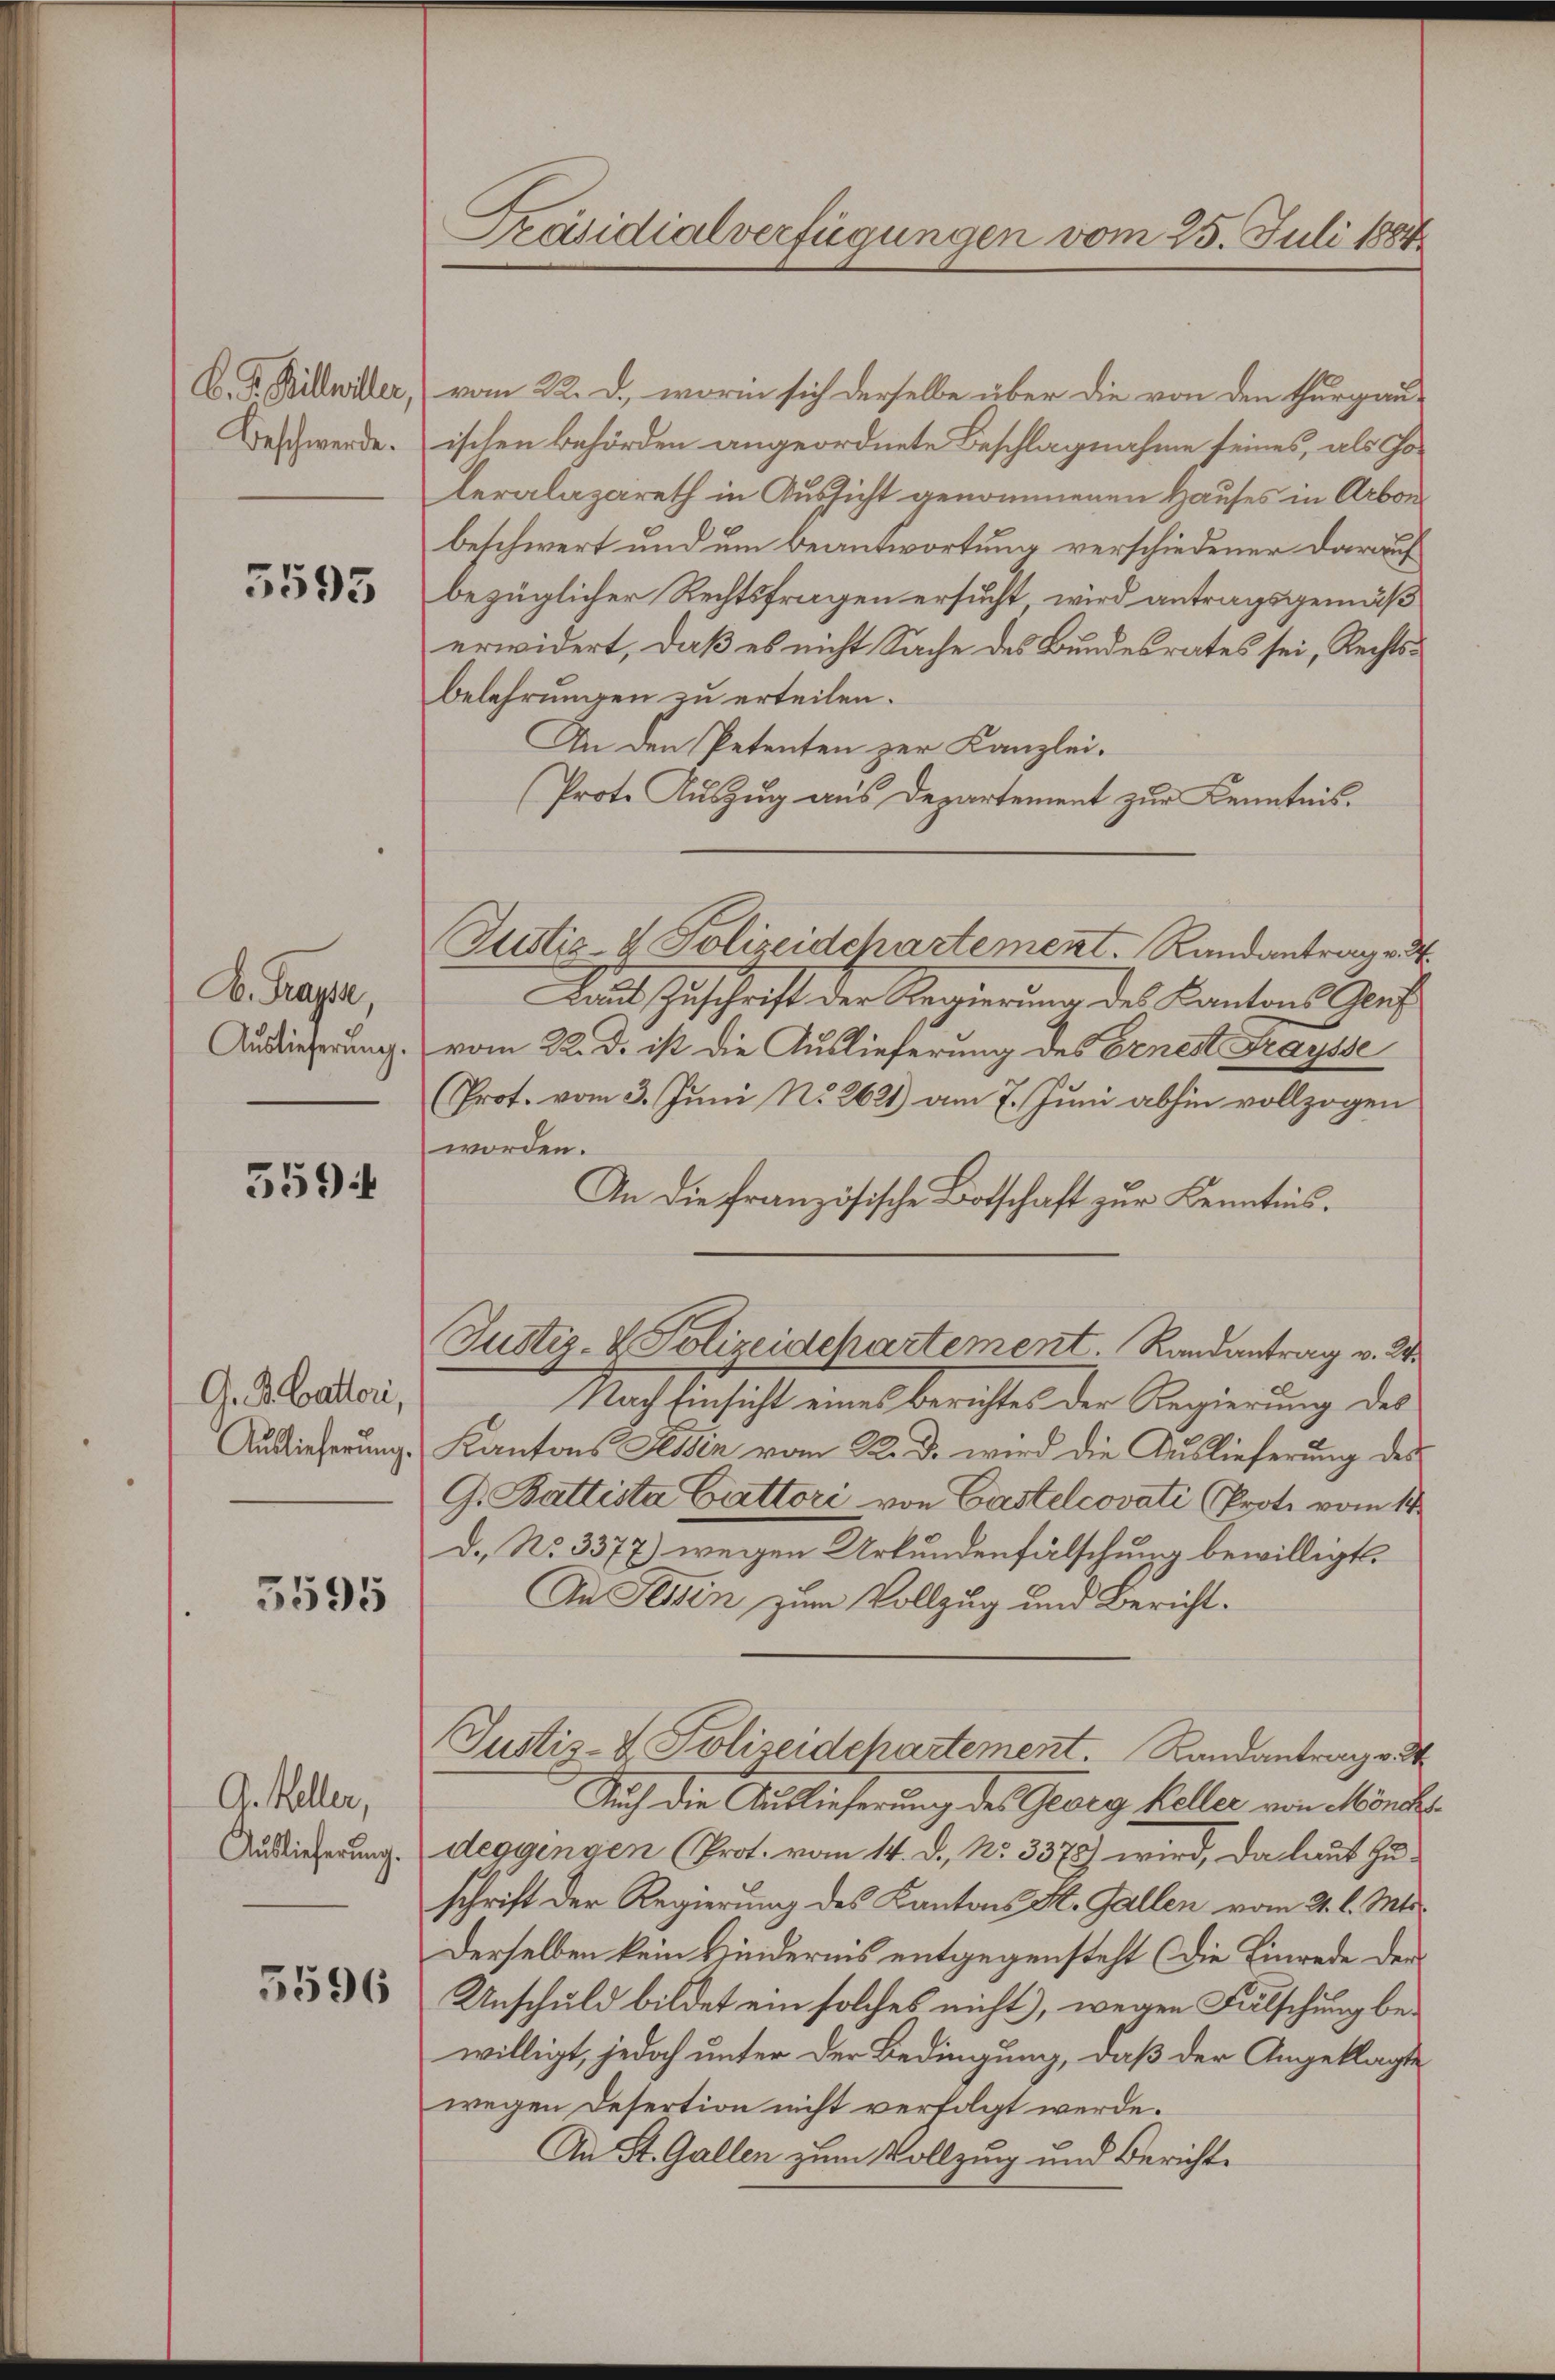
B. J. Billwiller.
Beschwerde.

5595

B. Tragsa,
Auslieferung.

5594

G. B. Battori,
Auslieferung.

5595

G. Keller,
Auslieferung.
3596

Präsidialverfügungen vom 25. Juli 1884.

vom 22. d., worin sich derselbe über die von den Thurgauischen Behörden angeordnete Beschlagnahme seines, als Coleralazareth in Aussicht genommenen Hauses in Arbon
beschwert und um beantwortung verschiedener Darauf
bezüglicher Rechtsfragen ersucht wird antragsgemäß
erwidert, daß es nicht Sache des Bundesrates sei, Rechtsbelehrungen zu erteilen.
An den Petenten zur Kanzlei-
Prote Auszug aus Departement zur Kenntnis.
Justiz- & Polizeidchartement. Randantrage
Laut Zuschrift der Regierung des Kantons Graf
vom 22. d. ist die Auslieferung des Ernest raysse
Prot. vom 3. Juni No 2621) am 7. Juni abhin vollzogen
worden.
An die französische Botschaft zur Kenntnis.
Justiz- & Polizeidchartement. Randantrag v. 24.
Nach Einsicht eines Berichtes der Regierung des
Kantons Tessin vom 22. d. wird die Auslieferung des
G. Battista Cattori von Castelcovati (Prote vom 14.
d. No 3377) wegen Urkundenfälschung bewilligt.
An Seiten zum Vollzug und Bericht.
Justiz- & Polizeidchartement. Randantrag v.
Auch die Auslieferung des Georg Keller von Mönche
deggingen (Prot. vom 14. d. No. 3378) wird, da laut Zuschrift der Regierung des Kantons St. Gallen vom 21. l. Mts.
Derselben kein Kinderins entgegensteht (die Einrede der
Unschuld bildet ein solches nicht), wegen Fälschung bewilligt, jedoch unter der Bedingung, daß der Angeklagte
wegen Desertion nicht verfolgt werde.
An St. Gallen zum Vollzug und Bericht¬